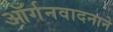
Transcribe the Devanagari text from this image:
ऑर्गनवादनाने